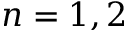
n = 1 , 2